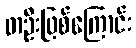
တဦးဖြစ်ကြောင်း